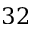
3 2